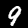
Label: 9